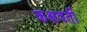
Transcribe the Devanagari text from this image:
कक्षवर्ती